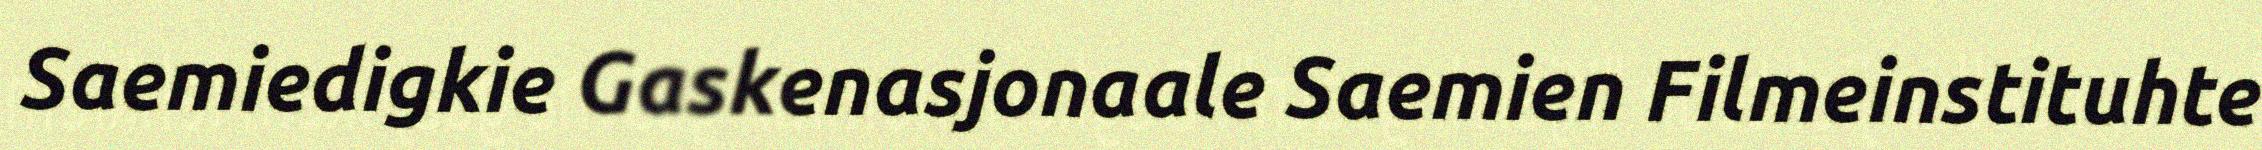
Saemiedigkie Gaskenasjonaale Saemien Filmeinstituhte